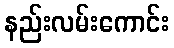
နည်းလမ်းကောင်း